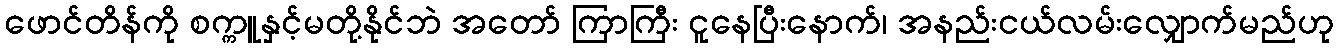
ဖောင်တိန်ကို စက္ကူနှင့်မတို့နိုင်ဘဲ အတော် ကြာကြီး ငူနေပြီးနောက်၊ အနည်းငယ်လမ်းလျှောက်မည်ဟု